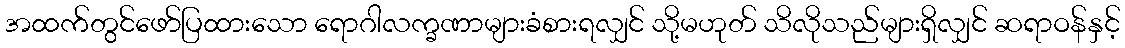
အထက်တွင်ဖော်ပြထားသော ရောဂါလက္ခဏာများခံစားရလျှင် သို့မဟုတ် သိလိုသည်များရှိလျှင် ဆရာဝန်နှင့်